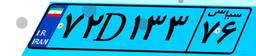
۰۶D۱۲۲۷۹